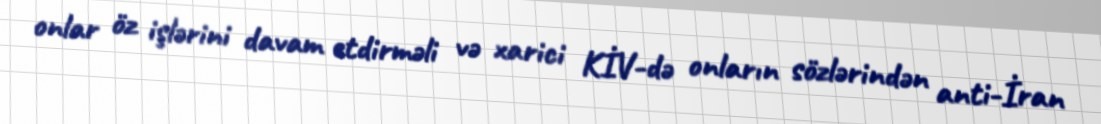
onlar öz işlərini davam etdirməli və xarici KİV-də onların sözlərindən anti-İran